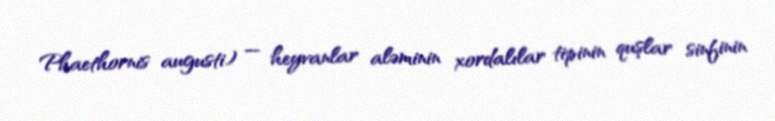
Phaethornis augusti) — heyvanlar aləminin xordalılar tipinin quşlar sinfinin